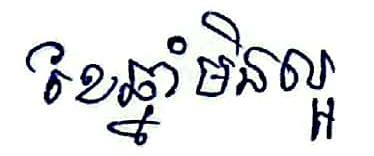
ខែឆ្នាំមិនល្អ